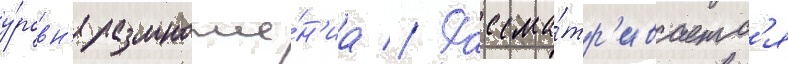
у́ровн'я размноже́н'иа // Рассма́тр'иваетс'я